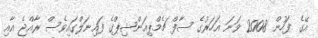
އޭގެ ފަހުން 2008 ވަނަ އަހަރުގެ ސާފް ޗެމްޕިއަންޝިޕްގެ ފައިނަލްގައިވެސް ރާއްޖެ އާއި